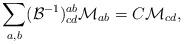
LaTeX: \begin{align*}\sum_{a,b}(\mathcal{B}^{-1})_{cd}^{ab}\mathcal{M}_{ab}=C\mathcal{M}_{cd},\end{align*}